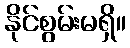
နိုင်စွမ်းမရှိ။